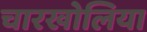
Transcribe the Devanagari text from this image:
चारखोलिया